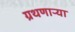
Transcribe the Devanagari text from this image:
ग्रथणाऱ्या